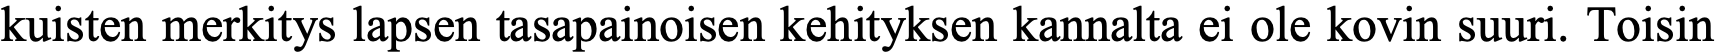
kuisten merkitys lapsen tasapainoisen kehityksen kannalta ei ole kovin suuri. Toisin